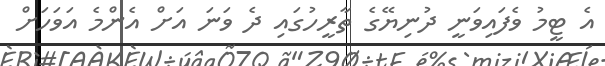
އެ ޓީމު ވެފައިވަނީ ދުނިޔޭގެ ތާރީހުގައި ދެ ވަނަ އަށް އެންމެ އަވަހަށް